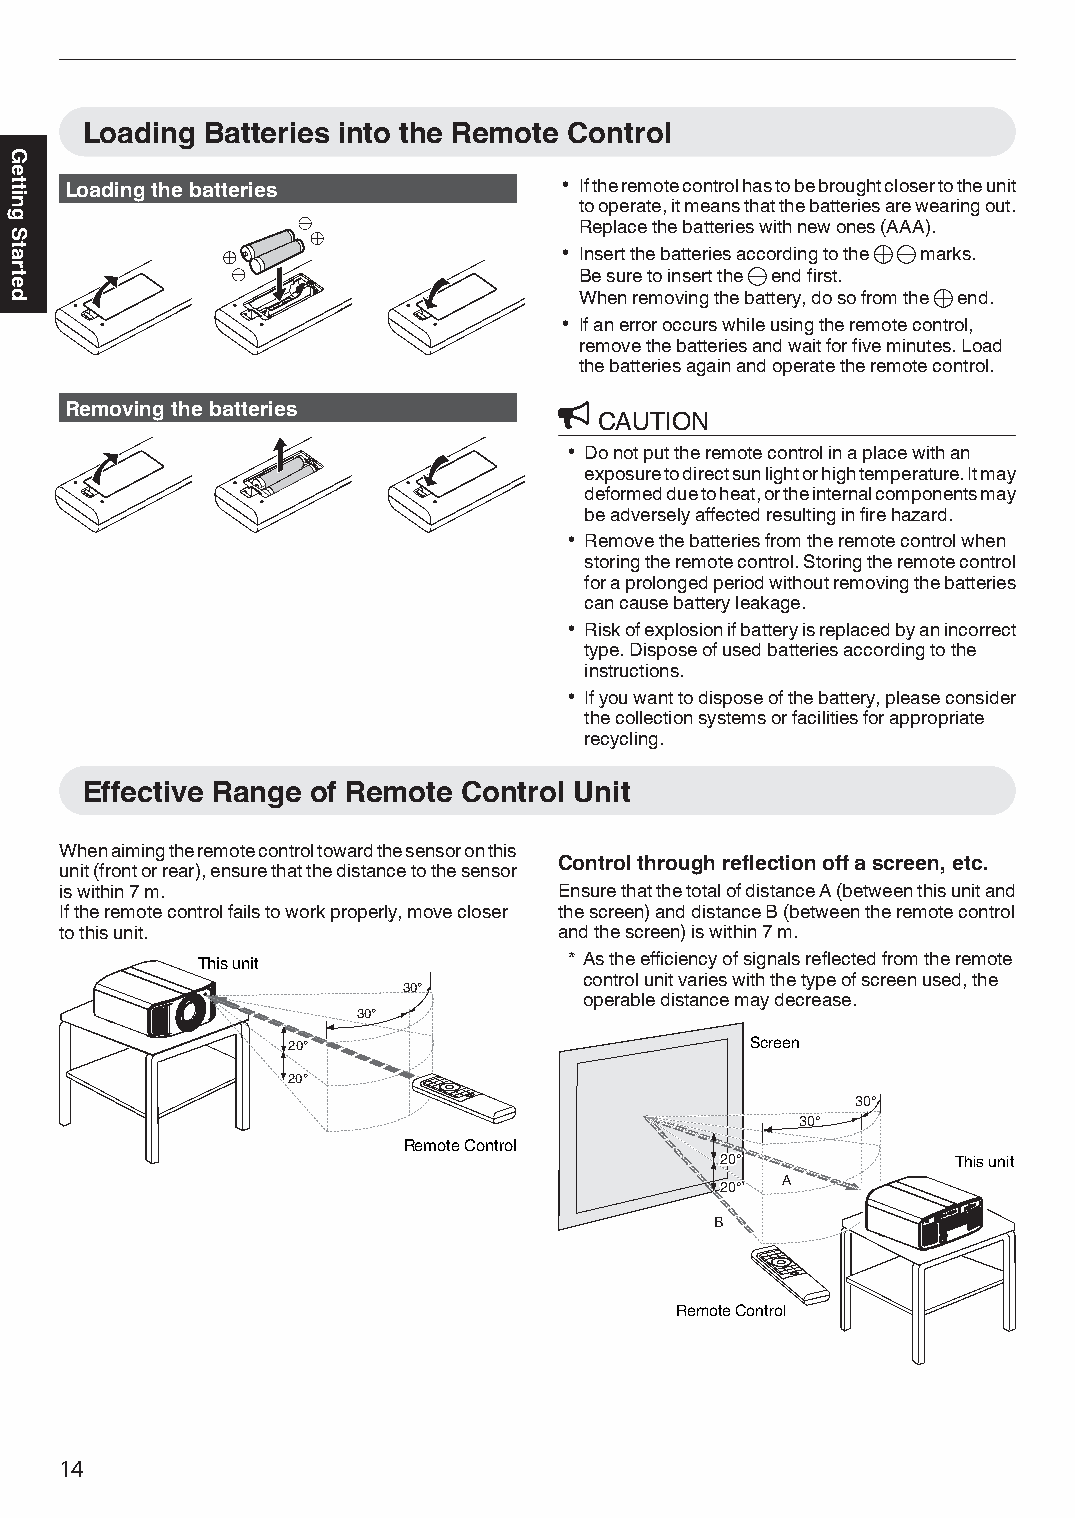
Loading  Batteries into the Remote Control
 Loading the batteries            0 If the remote control has to be brought closer to the unit
 to operate, it means that the batteries are wearing out.
 Replace the batteries with new ones (AAA).
 0 Insert the batteries according to the t s marks.
 Be sure to insert the s end first.
 When removing the battery, do so from the t end.
 0 If an error occurs while using the remote control,
 remove the batteries and wait for five minutes. Load
 the batteries again and operate the remote control.
 Removing the batteries
 CAUTION
 0 Do not put the remote control in a place with an
 exposure to direct sun light or high temperature. It may
 deformed due to heat, or the internal components may
 be adversely affected resulting in fire hazard.
 0 Remove the batteries from the remote control when
 storing the remote control. Storing the remote control
 for a prolonged period without removing the batteries
 can cause battery leakage.
 0 Risk of explosion if battery is replaced by an incorrect
 type. Dispose of used batteries according to the
 instructions.
 0 If you want to dispose of the battery, please consider
 the collection systems or facilities for appropriate
 recycling.
 Effective Range of Remote Control Unit
 When aiming the remote control toward the sensor on this
 Control through reflection off a screen, etc.
 unit (front or rear), ensure that the distance to the sensor
 is within 7 m.                   Ensure that the total of distance A (between this unit and
 If the remote control fails to work properly, move closer the screen) and distance B (between the remote control
 to this unit.                    and the screen) is within 7 m.
 This unit                * As the efficiency of signals reflected from the remote
 control unit varies with the type of screen used, the
 30°
 operable distance may decrease.
 30°
 20°                            Screen
 20°
 30°
 30°
 Remote Control
 222000°°°      This unit
 A
 222000°°°
 B
 Remote Control
 14
 Getting
 Started